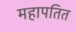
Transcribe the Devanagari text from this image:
महापतित